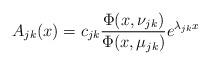
LaTeX: \begin{align*}A_{jk}(x)=c_{jk}{\Phi(x,\nu_{jk})\over\Phi(x,\mu_{jk})} e\sp{\lambda_{jk}x}\end{align*}